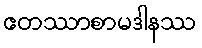
ဧတဿာစာမဒါနဿ